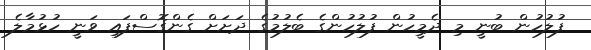
ފުލުހުން ބުނީ މި ދެމީހުން ފުލުހުންގެ ބެލުމުގެ ދަށަށް ގެންގޮސްފައި ވަނީ ހުޅުމާލެ